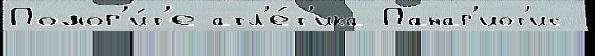
Помог'и́т'е атл'е́т'ика Панаг'иот'ис